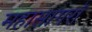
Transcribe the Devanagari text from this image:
महासागरॉ